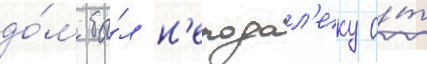
до́м бы́л н'еподал'еку о́т